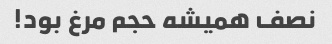
نصف همیشه حجم مرغ بود!